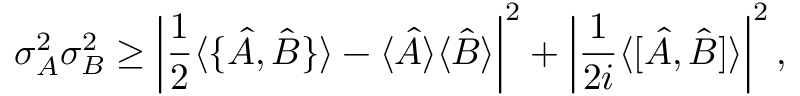
\sigma _ { A } ^ { 2 } \sigma _ { B } ^ { 2 } \geq \left| { \frac { 1 } { 2 } } \langle \{ { \hat { A } } , { \hat { B } } \} \rangle - \langle { \hat { A } } \rangle \langle { \hat { B } } \rangle \right| ^ { 2 } + \left| { \frac { 1 } { 2 i } } \langle [ { \hat { A } } , { \hat { B } } ] \rangle \right| ^ { 2 } ,